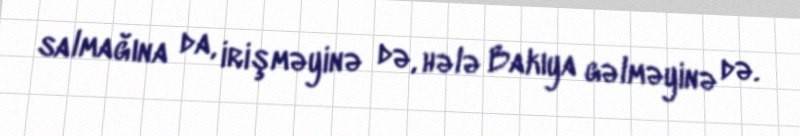
salmağına da, irişməyinə də, hələ Bakıya gəlməyinə də.